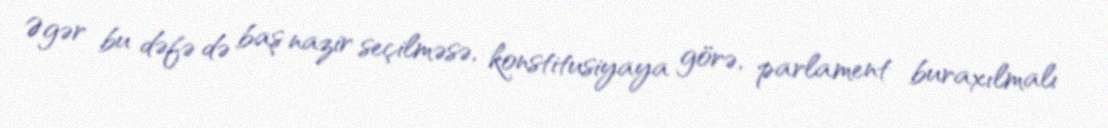
Əgər bu dəfə də baş nazir seçilməsə, konstitusiyaya görə, parlament buraxılmalı